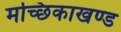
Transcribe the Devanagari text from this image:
मच्छिकाखण्ड